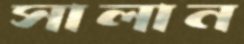
সালান